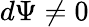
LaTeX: d\Psi\ne 0